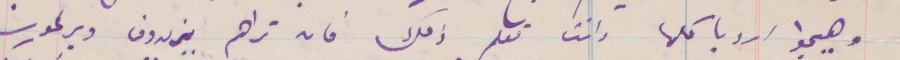
وهيجوا أوروبا كلها وانت تعلم ذلك فان تراهم يزيدون دير كون